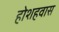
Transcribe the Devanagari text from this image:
होशहवास